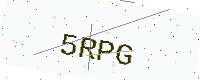
Text: 5RPG